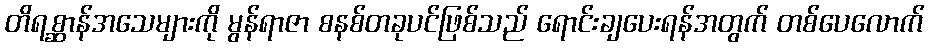
တိရစ္ဆာန်အသေများကို မွန်ရာဇာ စနစ်တခုပင်ဖြစ်သည် ရောင်းချပေးရန်အတွက် တစ်ပေလောက်